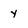
Character: y